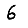
Digit: 6